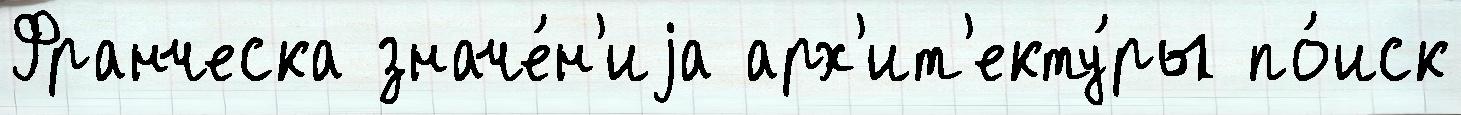
Франческа значе́н'иjа арх'ит'екту́ры по́иск